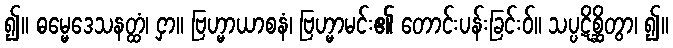
၍။ ဓမ္မေဒေသနတ္ထံ၊ ငှာ။ ဗြဟ္မာယာစနံ၊ ဗြဟ္မာမင်း၏ တောင်းပန်းခြင်းဝ်။ သပ္ပဋိစ္ဆိတွာ၊ ၍။